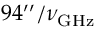
9 4 ^ { \prime \prime } / \nu _ { \mathrm { G H z } }